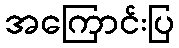
အကြောင်းပြ